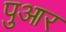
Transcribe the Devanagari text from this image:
पुआर